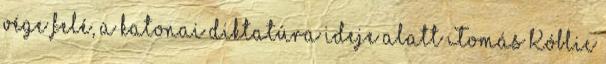
vége felé, a katonai diktatúra ideje alatt Tomás Kóblic